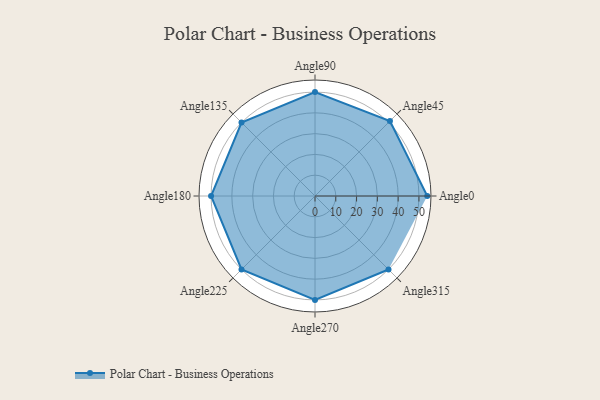
{"axis": {"x": "Angle", "y": "Radius"}, "legend": [""], "data": [{"x": "Angle0", "y": 54.0, "type": ""}, {"x": "Angle45", "y": 51.0, "type": ""}, {"x": "Angle90", "y": 50.0, "type": ""}, {"x": "Angle135", "y": 50, "type": ""}, {"x": "Angle180", "y": 50, "type": ""}, {"x": "Angle225", "y": 50, "type": ""}, {"x": "Angle270", "y": 50, "type": ""}, {"x": "Angle315", "y": 50, "type": ""}]}